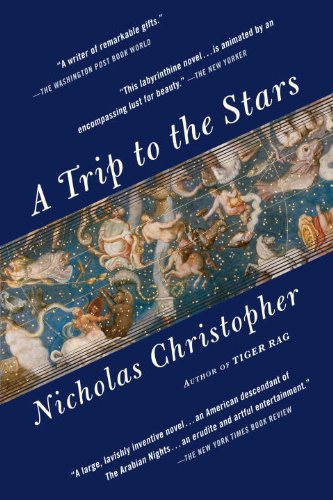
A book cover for A Trip to the Stars: A Novel; Nicholas Christopher; Literature & Fiction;